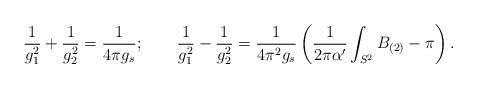
LaTeX: \begin{align*}{1\over g_{1}^2} + {1\over g_{2}^2}= {1\over 4\pi g_{s}};\qquad{1\over g_{1}^2} - {1\over g_{2}^2}= {1\over 4\pi^2 g_{s}}\left(\frac{1}{2\pi\alpha'}\int_{S^2}B_{(2)}-\pi \right) .\end{align*}